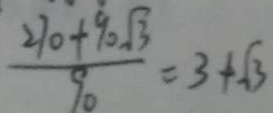
\frac { 2 7 0 + 9 0 \sqrt { 3 } } { 9 0 } = 3 + \sqrt { 3 }